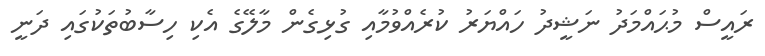
ރައީސް މުޙައްމަދު ނަޝީދު ހައްޔަރު ކުރެއްވުމާއި ގުޅިގެން މާލޭގެ އެކި ހިސާބުތަކުގައި ދަނީ